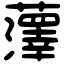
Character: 䕪